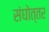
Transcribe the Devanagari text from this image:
संघोत्तर